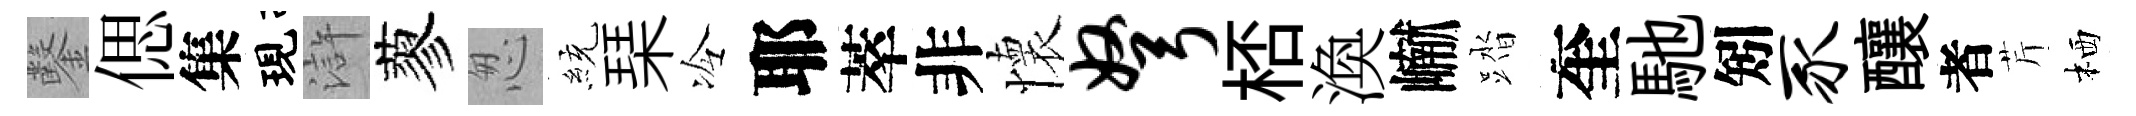
鑿偲集現滸蓼怱統琹冷耶萃非懷弩桮渙𪩘踏奎馳矧豕釀者芹栖